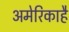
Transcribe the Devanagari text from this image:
अमेरिकाहै